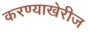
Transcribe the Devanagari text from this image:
करण्याखेरीज